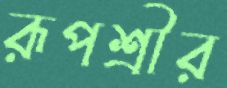
রূপশ্রীর